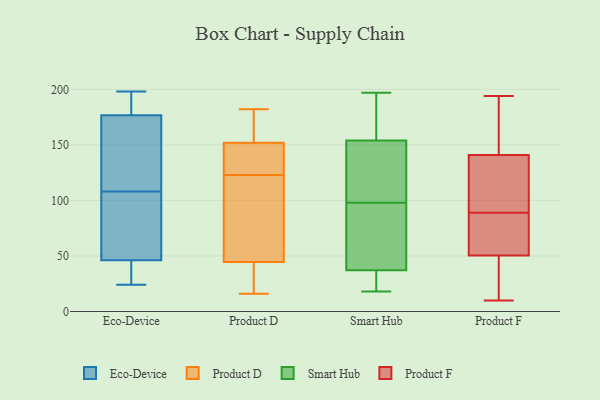
{"axis": {"x": "Latency (ms)", "y": "Value"}, "legend": ["Eco-Device", "Product D", "Product F", "Smart Hub"], "data": [{"x": "", "y": 114, "type": "Eco-Device"}, {"x": "", "y": 36, "type": "Eco-Device"}, {"x": "", "y": 105, "type": "Eco-Device"}, {"x": "", "y": 161, "type": "Eco-Device"}, {"x": "", "y": 198, "type": "Eco-Device"}, {"x": "", "y": 190, "type": "Eco-Device"}, {"x": "", "y": 85, "type": "Eco-Device"}, {"x": "", "y": 94, "type": "Eco-Device"}, {"x": "", "y": 40, "type": "Eco-Device"}, {"x": "", "y": 197, "type": "Eco-Device"}, {"x": "", "y": 112, "type": "Eco-Device"}, {"x": "", "y": 138, "type": "Eco-Device"}, {"x": "", "y": 38, "type": "Eco-Device"}, {"x": "", "y": 24, "type": "Eco-Device"}, {"x": "", "y": 108, "type": "Eco-Device"}, {"x": "", "y": 65, "type": "Eco-Device"}, {"x": "", "y": 26, "type": "Eco-Device"}, {"x": "", "y": 185, "type": "Eco-Device"}, {"x": "", "y": 182, "type": "Eco-Device"}, {"x": "", "y": 92, "type": "Product D"}, {"x": "", "y": 16, "type": "Product D"}, {"x": "", "y": 146, "type": "Product D"}, {"x": "", "y": 73, "type": "Product D"}, {"x": "", "y": 161, "type": "Product D"}, {"x": "", "y": 146, "type": "Product D"}, {"x": "", "y": 154, "type": "Product D"}, {"x": "", "y": 20, "type": "Product D"}, {"x": "", "y": 182, "type": "Product D"}, {"x": "", "y": 35, "type": "Product D"}, {"x": "", "y": 123, "type": "Product D"}, {"x": "", "y": 57, "type": "Smart Hub"}, {"x": "", "y": 98, "type": "Smart Hub"}, {"x": "", "y": 116, "type": "Smart Hub"}, {"x": "", "y": 95, "type": "Smart Hub"}, {"x": "", "y": 197, "type": "Smart Hub"}, {"x": "", "y": 190, "type": "Smart Hub"}, {"x": "", "y": 37, "type": "Smart Hub"}, {"x": "", "y": 66, "type": "Smart Hub"}, {"x": "", "y": 197, "type": "Smart Hub"}, {"x": "", "y": 19, "type": "Smart Hub"}, {"x": "", "y": 35, "type": "Smart Hub"}, {"x": "", "y": 130, "type": "Smart Hub"}, {"x": "", "y": 32, "type": "Smart Hub"}, {"x": "", "y": 133, "type": "Smart Hub"}, {"x": "", "y": 38, "type": "Smart Hub"}, {"x": "", "y": 170, "type": "Smart Hub"}, {"x": "", "y": 100, "type": "Smart Hub"}, {"x": "", "y": 18, "type": "Smart Hub"}, {"x": "", "y": 161, "type": "Smart Hub"}, {"x": "", "y": 132, "type": "Product F"}, {"x": "", "y": 106, "type": "Product F"}, {"x": "", "y": 194, "type": "Product F"}, {"x": "", "y": 23, "type": "Product F"}, {"x": "", "y": 61, "type": "Product F"}, {"x": "", "y": 187, "type": "Product F"}, {"x": "", "y": 40, "type": "Product F"}, {"x": "", "y": 74, "type": "Product F"}, {"x": "", "y": 65, "type": "Product F"}, {"x": "", "y": 101, "type": "Product F"}, {"x": "", "y": 73, "type": "Product F"}, {"x": "", "y": 173, "type": "Product F"}, {"x": "", "y": 10, "type": "Product F"}, {"x": "", "y": 183, "type": "Product F"}, {"x": "", "y": 47, "type": "Product F"}, {"x": "", "y": 144, "type": "Product F"}, {"x": "", "y": 47, "type": "Product F"}, {"x": "", "y": 89, "type": "Product F"}, {"x": "", "y": 110, "type": "Product F"}]}